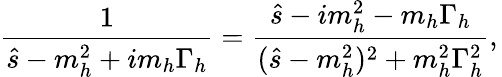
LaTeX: \frac{1}{\hat{s}-m_{h}^{2}+im_{h}\Gamma_{h}}=\frac{\hat{s}-im_{h}^{2}-m_{h}\Gamma_{h}}{(\hat{s}-m_{h}^{2})^{2}+m_{h}^{2}\Gamma_{h}^{2}},\,